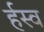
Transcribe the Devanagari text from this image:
र्हस्व